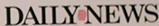
DAILYNEWS